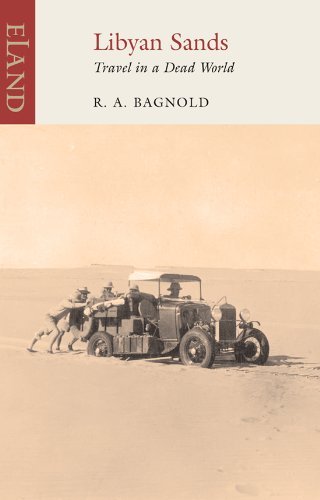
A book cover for Libyan Sands: Travel in a Dead World [Paperback] [2011] (Author) Ralph A. Bagnold; Travel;